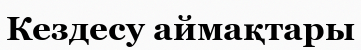
Кездесу аймақтары